Scottish Leaving Certificate Examination, 1957
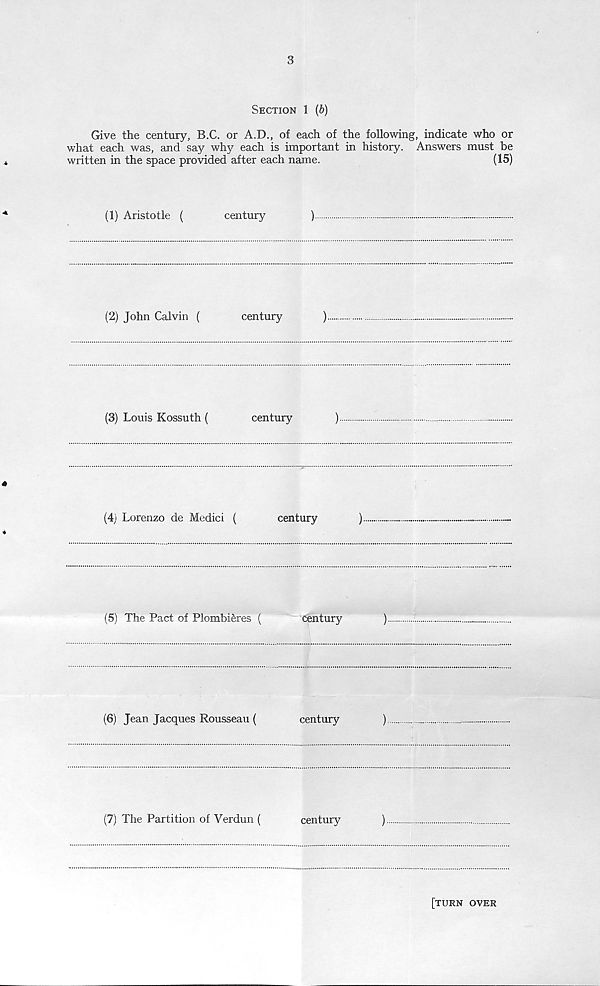
3
Section 1 (&)
Give the century, B.C. or A.D., of each of the following, indicate who or
what each was, and say why each is important in history. Answers must be
written in the space provided after each name.
(15)
(1) Aristotle (
century
)
(2) John Calvin (
century
)
(3) Louis Kossuth (
century
)
*
(4) Lorenzo de Medici (
century
)
4
(5) The Pact of Plombieres (
century
)
(6) Jean Jacques Rousseau (
century
)
(7) The Partition of Verdun (
century
)
[turn over